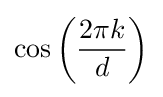
\cos \left({\frac {2\pi k}{d}}\right)